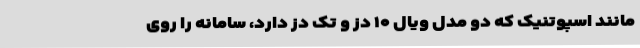
مانند اسپوتنیک که دو مدل ویال ۱۰ دُز و تک دُز دارد، سامانه را روی